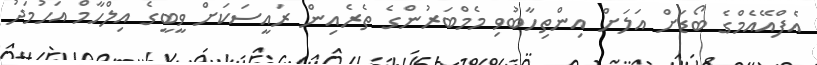
އެފްއޭއެމްގެ ބޯޑަށް އަލަށް އިންތިހާބުވި މެމްބަރުންގެ ތެރެއިން ރައީސަކަށް ވީބީގެ އިލްހާމް އަހުމަދު